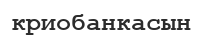
криобанкасын